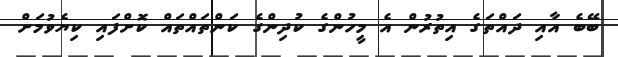
ބޭބެ އާއި ދައްތަގެ އިތުރުން އެ މީހުންގެ ކުދިންގެ ކަންތައްތައް ކޮށްފައި ކިޔެވުމަށް